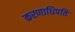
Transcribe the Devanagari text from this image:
करणाधिपति